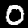
Label: 0